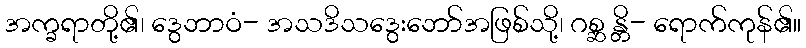
အက္ခရာတို့၏၊ ဒွေဘာဝံ- အသဒိသဒွေးဘော်အဖြစ်သို့၊ ဂစ္ဆ န္တိ- ရောက်ကုန်၏။